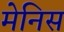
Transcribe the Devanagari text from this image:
मेनिस